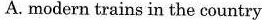
A. modern trains in the country